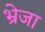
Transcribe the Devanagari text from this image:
भ्रेजा